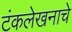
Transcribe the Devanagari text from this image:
टंकलेखनाचे